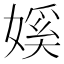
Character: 㜎